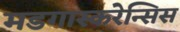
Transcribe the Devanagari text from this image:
मडगास्करेन्सिस